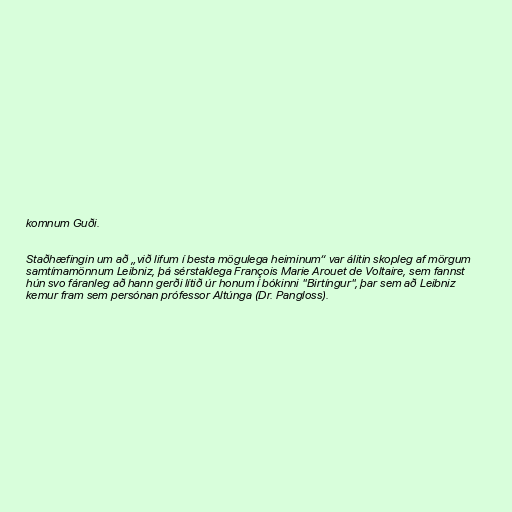
komnum Guði.

Staðhæfingin um að „við lifum í besta mögulega heiminum“ var álitin skopleg af mörgum
samtímamönnum Leibniz, þá sérstaklega François Marie Arouet de Voltaire, sem fannst
hún svo fáranleg að hann gerði lítið úr honum í bókinni "Birtíngur", þar sem að Leibniz
kemur fram sem persónan prófessor Altúnga (Dr. Pangloss).